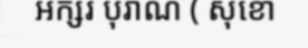
អក្សរ បុរាណ ( សុខោ